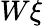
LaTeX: W\xi